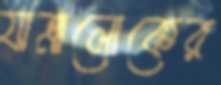
যাত্রালোকের